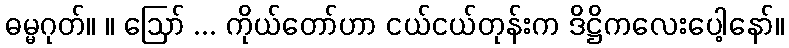
ဓမ္မဂုတ်။ ။ ဩော် ... ကိုယ်တော်ဟာ ငယ်ငယ်တုန်းက ဒိဋ္ဌိကလေးပေါ့နော်။